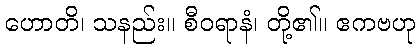
ဟောတိ၊ သနည်း။ စီဝရာနံ၊ တို့၏။ ဧကဗဟု